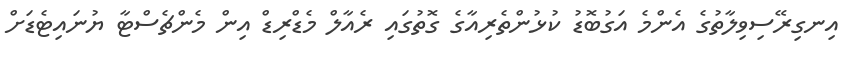
އިނގިރޭސިވިލާތުގެ އެންމެ އަގުބޮޑު ކުޅުންތެރިއާގެ ގޮތުގައި ރެއާލް މެޑްރިޑް އިން މެންޗެސްޓާ ޔުނައިޓެޑަށް